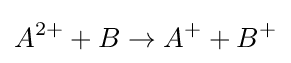
A^{2+}+B\to A^{+}+B^{+}